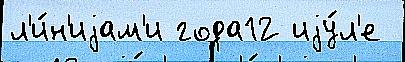
л'и́н'иjам'и года12 иjу́л'е